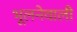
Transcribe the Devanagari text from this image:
भूलनेवाली